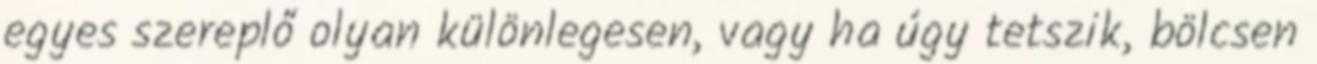
egyes szereplő olyan különlegesen, vagy ha úgy tetszik, bölcsen